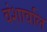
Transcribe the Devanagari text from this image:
वंशावलि